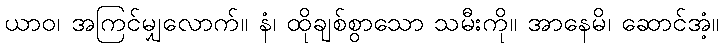
ယာဝ၊ အကြင်မျှလောက်။ နံ၊ ထိုချစ်စွာသော သမီးကို။ အာနေမိ၊ ဆောင်အံ့။